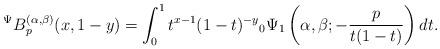
LaTeX: \begin{align*}{}^{\Psi}B_{p}^{(\alpha,\beta)}(x,1-y)=\int_{0}^{1}t^{x-1}(1-t)^{-y}{}_{0}\Psi_{1}\left( \alpha,\beta;-\frac{p}{t(1-t)}\right) dt.\end{align*}